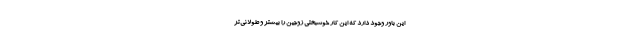
این باور وجود دارد که این کار خوشبختی زوجین را بیشتر و طولانی‌تر